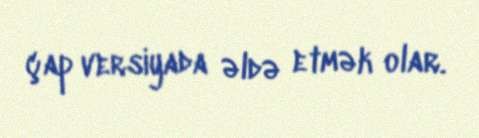
çap versiyada əldə etmək olar.